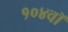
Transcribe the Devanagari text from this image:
१०४वॉ